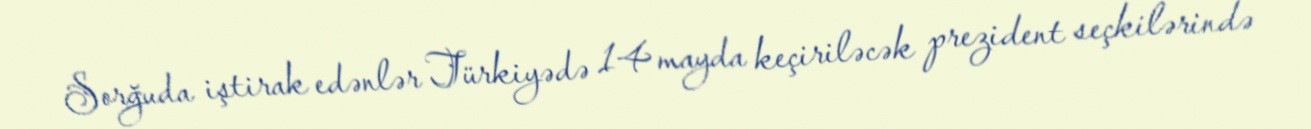
Sorğuda iştirak edənlər Türkiyədə 14 mayda keçiriləcək prezident seçkilərində